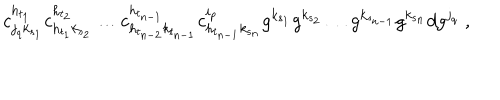
c _ { j _ { q } k _ { { s } _ { 1 } } } ^ { h _ { { t } _ { 1 } } } c _ { h _ { { t } _ { 1 } } k _ { { s } _ { 2 } } } ^ { h _ { { t } _ { 2 } } } \ldots c _ { h _ { { t } _ { n - 2 } } k _ { { t } _ { n - 1 } } } ^ { h _ { { t } _ { n - 1 } } } c _ { h _ { { t } _ { n - 1 } } k _ { { s } _ { n } } } ^ { i _ { p } } g ^ { k _ { { s } _ { 1 } } } g ^ { k _ { { s } _ { 2 } } } \ldots g ^ { k _ { { s } _ { n - 1 } } } g ^ { k _ { { s } _ { n } } } d g ^ { j _ { q } } \; ,